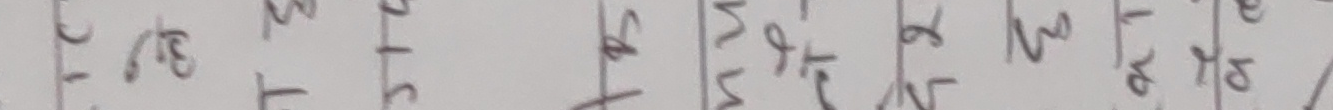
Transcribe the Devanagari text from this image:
उ च ३ १ ग ट | ५ म भ ६ त थ | २ व प १ झ ध